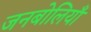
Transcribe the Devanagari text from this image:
जनबोलियाँ